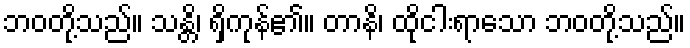
ဘဝတို့သည်။ သန္တိ၊ ရှိကုန်၏။ တာနိ၊ ထိုငါးရာသော ဘဝတို့သည်။